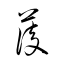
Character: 蔆